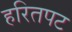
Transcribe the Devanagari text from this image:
हरितपट